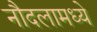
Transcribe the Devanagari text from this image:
नौदलामध्ये